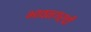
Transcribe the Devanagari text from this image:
भावनगरची